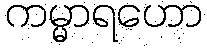
ကမ္မာရဟော